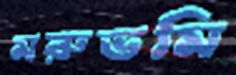
মরুভমি